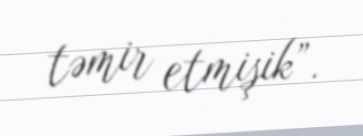
təmir etmişik”.